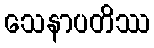
သေနာပတိဿ